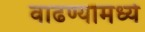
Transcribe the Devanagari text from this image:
वाढण्यामध्ये